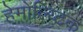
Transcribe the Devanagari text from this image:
हेमोल्य्टिक